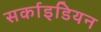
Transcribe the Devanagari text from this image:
सर्काइडियन